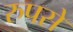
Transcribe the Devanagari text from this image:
रुपसे